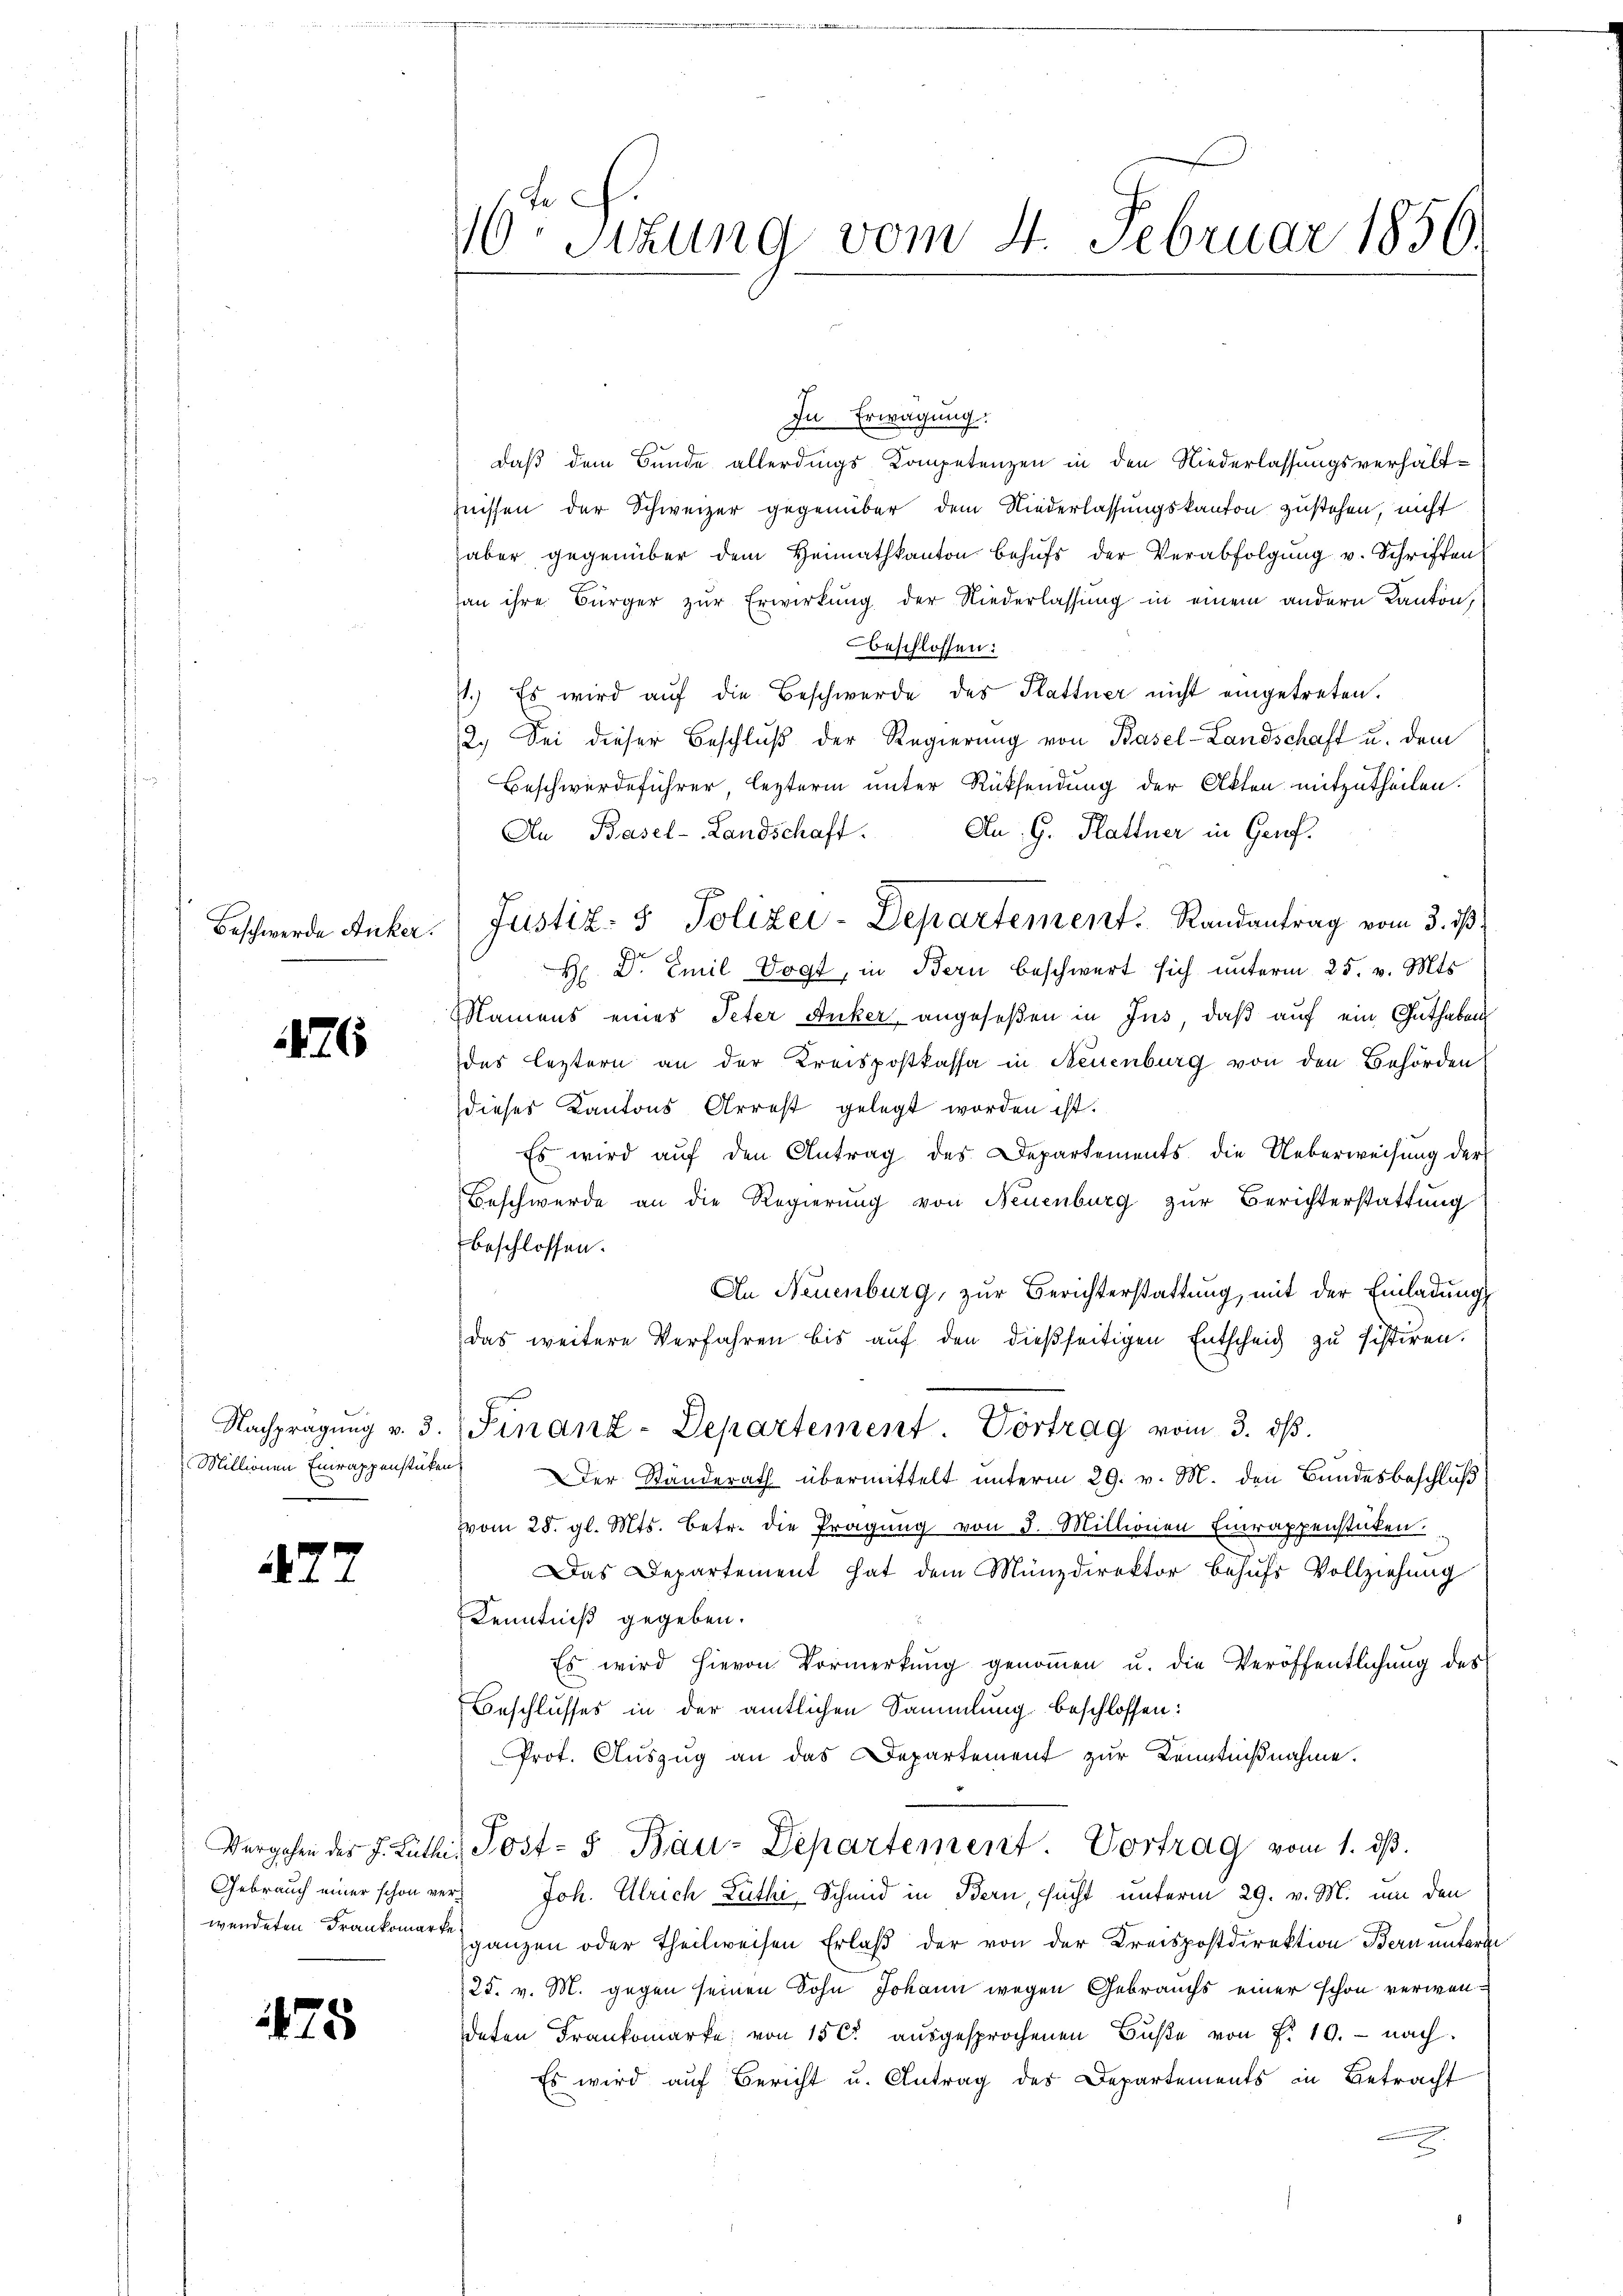
Beschwerde Anker.

476

Nachprägung v. 3.
Millionen Einrappenstücken
.

472

Gebrauch einer schon ver¬

175

40. Sitzung vom 4. Februar 1856.

In Erwägung.
daß dem Bunde allerdings Kompetenzen in den Niederlassungsverhältznissen der Schweizer gegenüber dem Niederlassungskanton zustehen, nicht
aber gegenüber dem Heimatkanton behŭfs der Verabfolgŭng v. Schriften
an ihre Bürger zur Erwirkung der Niederlassung in einem andern Kanton,
beschlossen:
11.) Es wird aŭf die Beschwerde des Plattner nicht eingetreten.
2.) Sei dieser Beschluß der Regierung von Basel-Landschaft u. dem
Beschwerdeführer, lezterm unter Rücksendung der Akten mitzutheilen.
An Basel-Landschaft. An G. Plattner in Gerof.
.
e
H Dr. Emil Vogt, in Bern beschwert sich unterm 25. v. Mts.
Namens eines Peter Anker, angeseßen in Jns, daß auf ein Guthaben
das leztern an der Kreispostkassa in Neuenburg von den Behörden
dieses Kantons Arrest gelegt worden ist.
Es wird auf den Antrag des Departements die Ueberweisung der
Beschwerde an die Regierung von Neuenburg zur Berichterstattung
beschlossen:
An Neuenburg, zur Berichterstattung, mit der Einladung
das weitere Verfahren bis aŭf den dießseitigen Entscheid zu sistiren.
Finanz-Departement. Vortrag vom 3. ds.
Der Standerath übermittelt unterm 29. v. M. den Bundesbeschluß
vom 28. gl. Mts. betr. die Pragŭng von 3. Millionien Einrappenstüken.
Das Departement hat dem Münzdirektor behufs Vollziehung
Kenntniß gegeben.
Es wird hievon Vormerkŭng genoṁen u. die Veröffentlichung des
Beschlusses in der amtlichen Sammlung beschlossen:
Prot. Auszug an das Departement zur Kenntnißnahme.
Vergehen der J. Luthe, Post- & Bau-Departement. Vortrag vom 1. dβ.
Joh. Ulrich Zuthi, Schmid in Bern, sucht unterm 29. v. M. um den
wendeten Frankomar ganzen oder theilweisen Erlaβ der von der Kreispostdirektion Bern unterge
25. v. M. gegen seinen Sohn Johann wegen Gebrauchs einer schon verwendeten Frankomarke von 15 C aŭsgesprochenen Bŭβe von P. 10. - nach.
Es wird auf Bericht u. Antrag des Departements in Betracht

.

Justiz- & Polizei-Departement. Randantrag vom 3. ist.